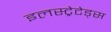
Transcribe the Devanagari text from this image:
इलस्ट्रेटेड्स